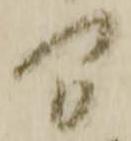
間